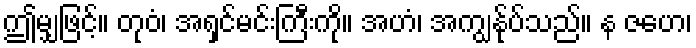
ဤမျှဖြင့်။ တုဝံ၊ အရှင်မင်းကြီးကို။ အဟံ၊ အကျွန်ုပ်သည်။ န ဇဟေ၊